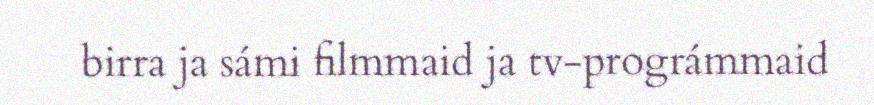
birra ja sámi filmmaid ja tv-prográmmaid